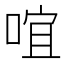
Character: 𠵌